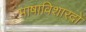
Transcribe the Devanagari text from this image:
भाषाविशारदों